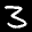
Label: 3